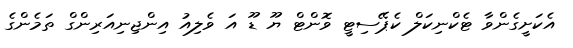
އެކަށީގެންވާ ޓެކްނިކަލް ކެޕޭސިޓީ ވޮންޓް ޔޫ ޑޫ އަ ވެލިއު އިންޖިނިއަރިންގް ތަމެންގެ